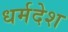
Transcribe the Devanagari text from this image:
धर्मदेश